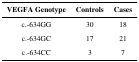
<table><thead><tr><td><b>VEGFA Genotype</b></td><td><b>Controls</b></td><td><b>Cases</b></td></tr></thead><tbody><tr><td>c.-634GG</td><td>30</td><td>18</td></tr><tr><td>c.-634GC</td><td>17</td><td>21</td></tr><tr><td>c.-634CC</td><td>3</td><td>7</td></tr></tbody></table>